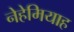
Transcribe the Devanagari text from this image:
नेहेमियाह